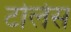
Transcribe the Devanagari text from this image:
टोलेस